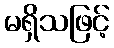
မရှိသဖြင့်